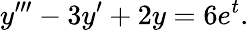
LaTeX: y^{\prime\prime\prime}-3y^{\prime}+2y=6e^{t}.